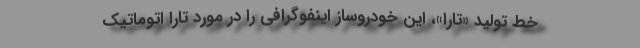
خط تولید «تارا»، این خودروساز اینفوگرافی را در مورد تارا اتوماتیک